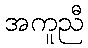
အကူညီ